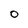
Character: 0